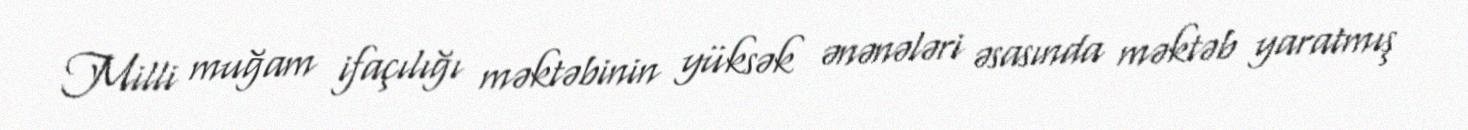
Milli muğam ifaçılığı məktəbinin yüksək ənənələri əsasında məktəb yaratmış